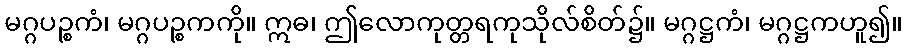
မဂ္ဂပဉ္စကံ၊ မဂ္ဂပဉ္စကကို။ ဣဓ၊ ဤလောကုတ္တရကုသိုလ်စိတ်၌။ မဂ္ဂဋ္ဌကံ၊ မဂ္ဂဋ္ဌကဟူ၍။